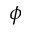
\phi